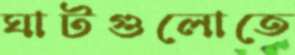
ঘাটগুলোতে